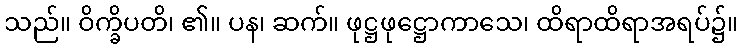
သည်။ ဝိက္ခိပတိ၊ ၏။ ပန၊ ဆက်။ ဖုဋ္ဌဖုဋ္ဌောကာသေ၊ ထိရာထိရာအရပ်၌။